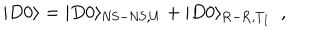
| D 0 \rangle = | D 0 \rangle _ { \mathrm { N S - N S } , U } + | D 0 \rangle _ { \mathrm { R - R } , T _ { I } } ~ ~ ,